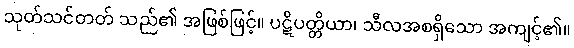
သုတ်သင်တတ် သည်၏ အဖြစ်ဖြင့်။ ပဋိပတ္တိယာ၊ သီလအစရှိသော အကျင့်၏။